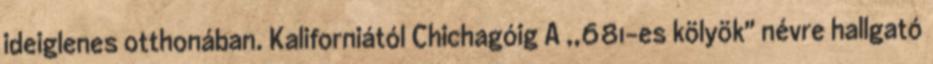
ideiglenes otthonában. Kaliforniától Chichagóig A ,,681-es kölyök" névre hallgató